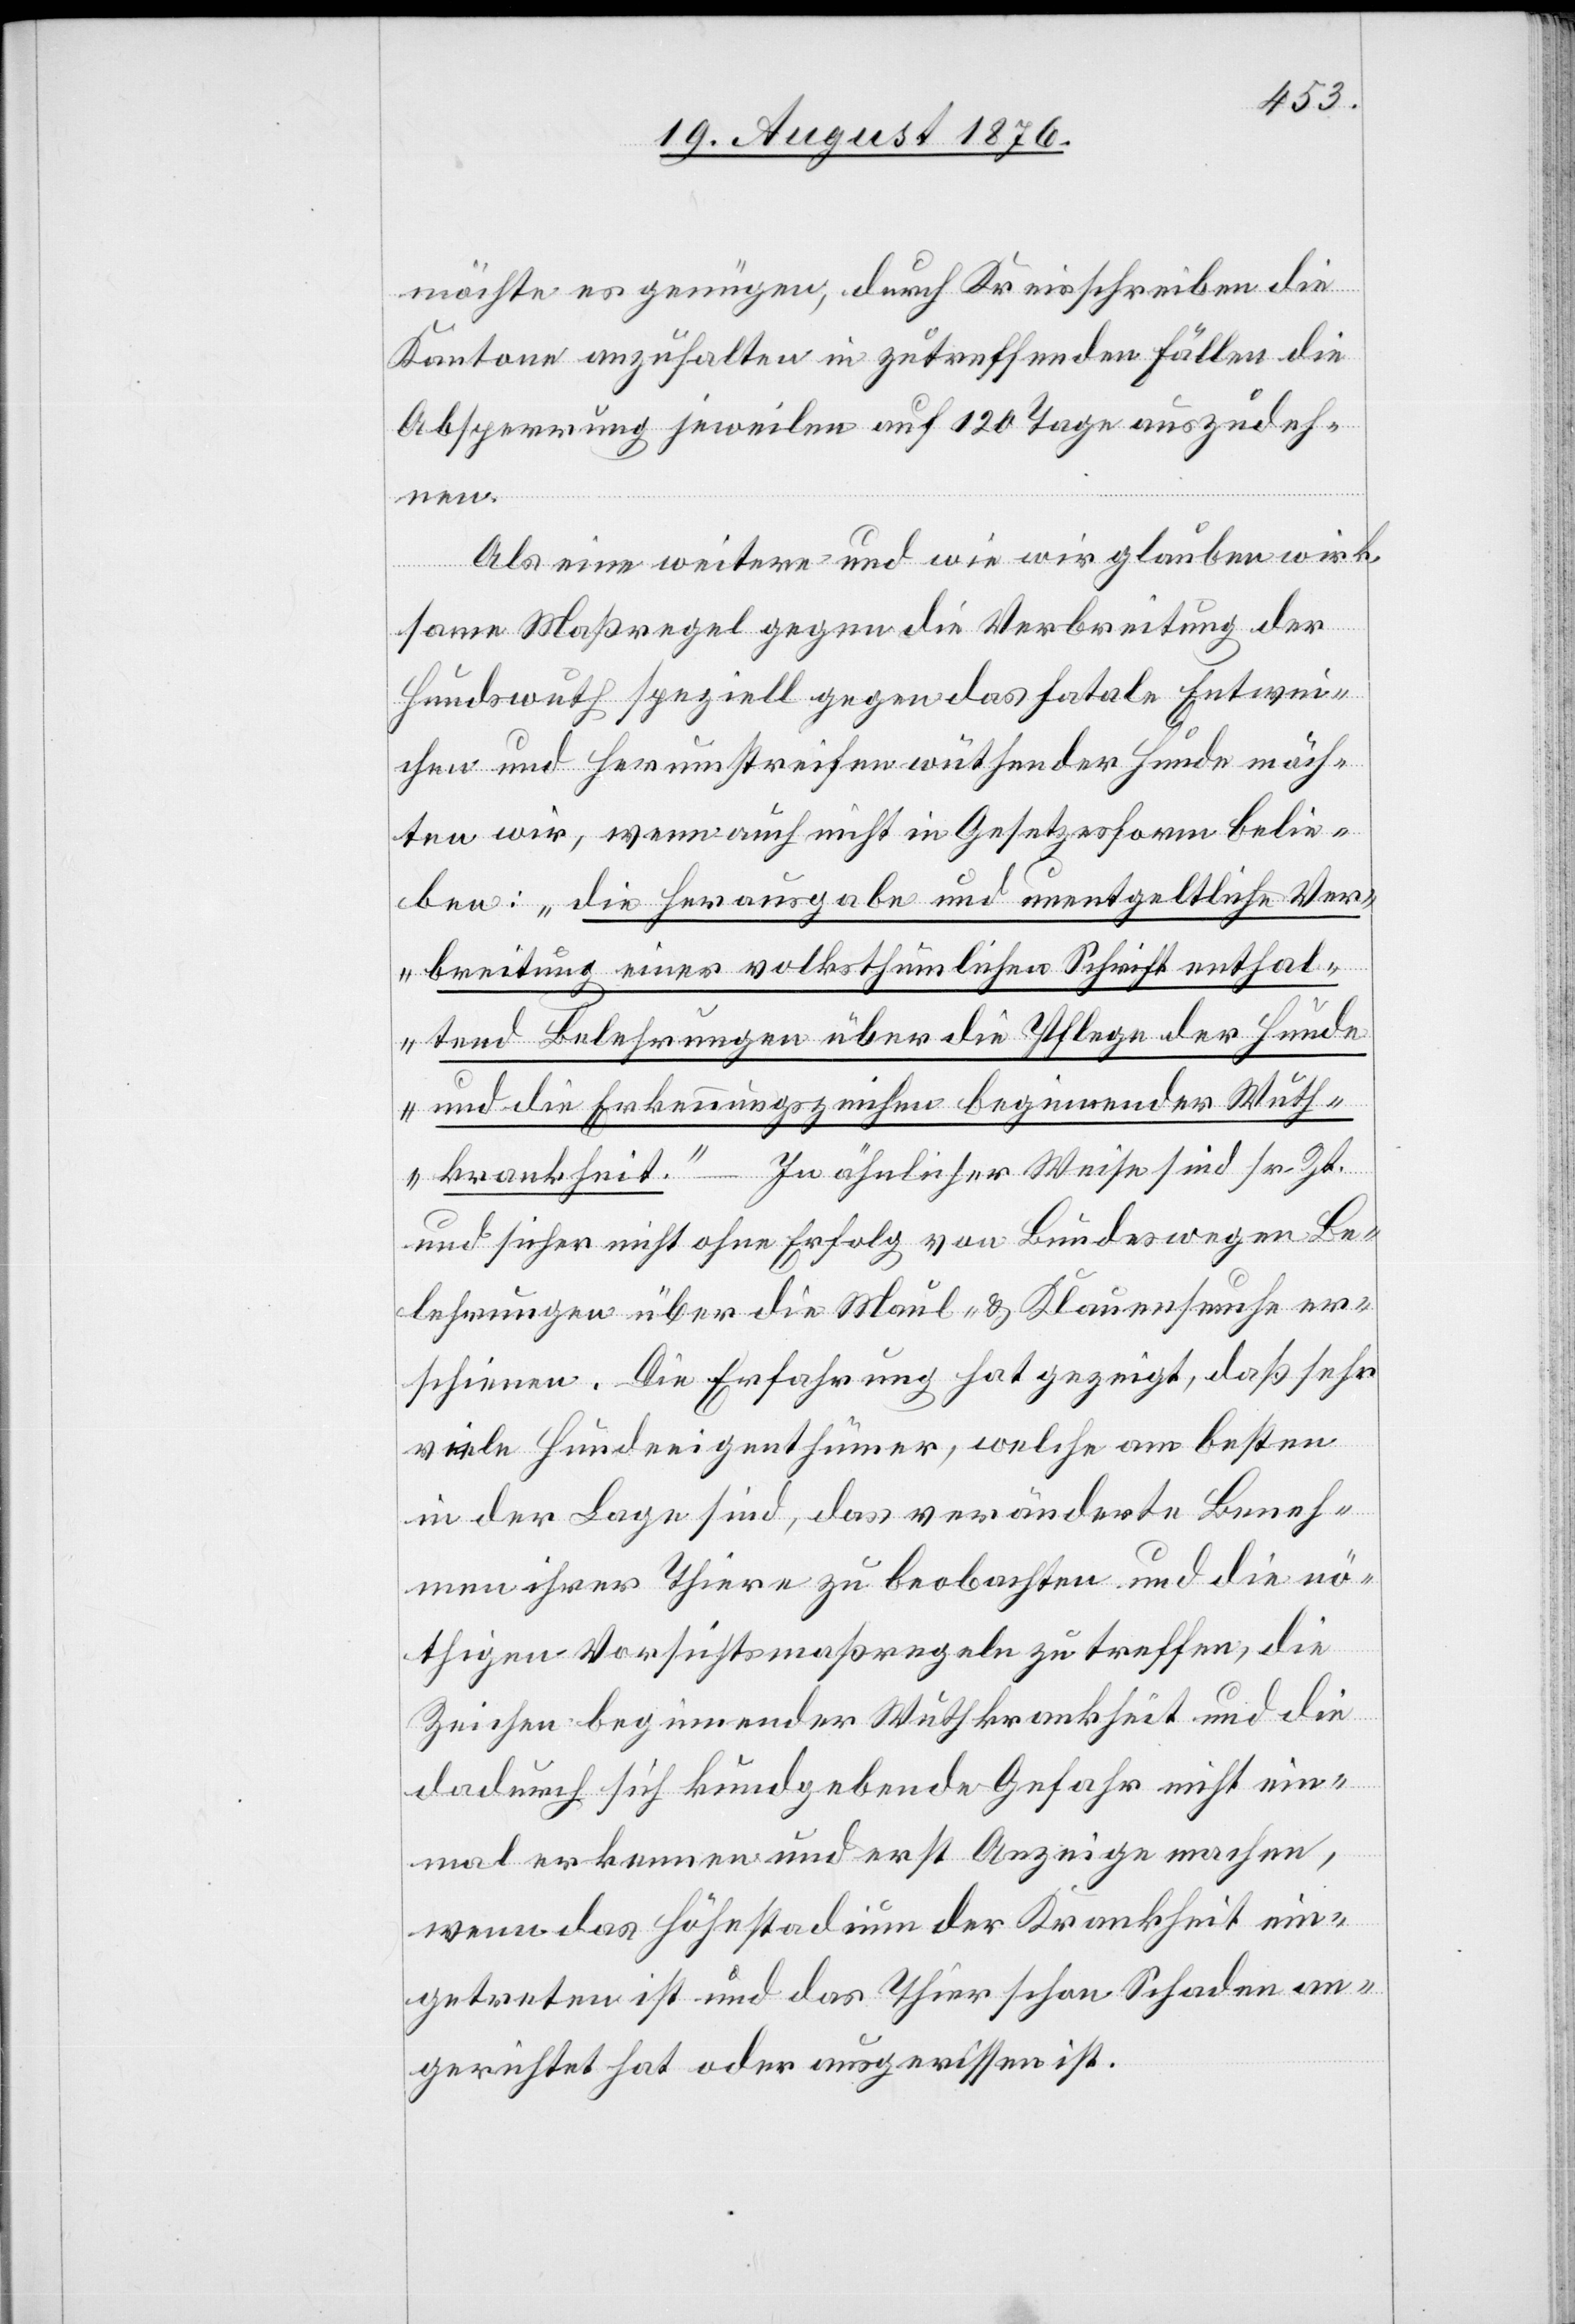
möchte es genügen, durch Kreisschreiben die
Kantone anzuhalten in zutreffenden Fällen die
Absperrung jeweilen auf 120 Tage auszudeh¬
nen.
Als eine weitere und wie wir glauben wirk¬
same Maßregel gegen die Verbreitung der
Hundswuth speziell gegen das fatale Entwei¬
chen und Herumstreifen wüthender Hunde möch¬
ten wir, wenn auch nicht in Gesetzesform belie¬
ben: „die Herausgabe und unentgeltliche Ver¬
breitung einer volksthümlichen Schrift enthal¬
tend Belehrungen über die Pflege der Hunde
und die Erkennungszeichen beginnender Wuth¬
krankheit.“ – In ähnlicher Weise sind sr. Zt.
und sicher nicht ohne Erfolg von Bundeswegen Be¬
lehrungen über die Maul- & Klauenseuche er¬
schienen. Die Erfahrung hat gezeigt, daß sehr
viele Hundeeigenthümer, welche am besten
in der Lage sind, das veränderte Beneh¬
men ihrer Thiere zu beobachten und die nö¬
thigen Vorsichtsmaßregeln zu treffen, die
Zeichen beginnender Wuthkrankheit und die
dadurch sich kundgegebene Gefahr nicht ein¬
mal erkennen und erst Anzeige machen,
wenn das Höhestadium der Krankheit ein¬
getreten ist und das Thier schon Schaden an¬
gerichtet hat oder ausgerissen ist.